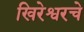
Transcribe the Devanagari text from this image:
खिरेश्वरचे